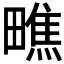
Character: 𪽢